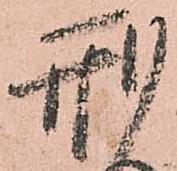
刑